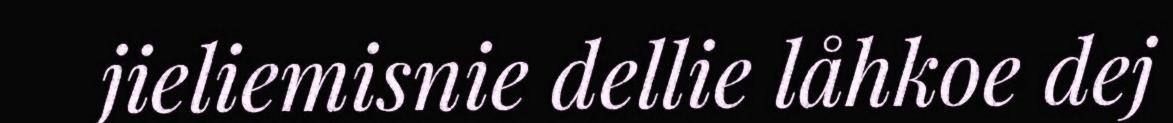
jieliemisnie dellie låhkoe dej